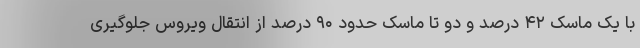
با یک ماسک ۴۲ درصد و دو تا ماسک حدود ۹۰ درصد از انتقال ویروس جلوگیری